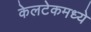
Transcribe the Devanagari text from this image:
केलटेकमध्ये